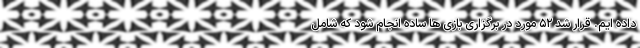
داده ایم. قرار شد ۵۲ مورد در برگزاری بازی ها ساده انجام شود که شامل